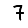
Digit: 7